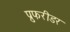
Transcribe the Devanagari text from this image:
प्रुफरीडर